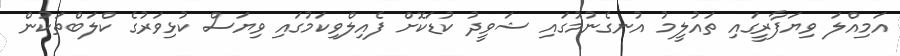
އަމިއްލަ ވިޔަފާރީގައި ތައުލީމު އުނގެނުމުގައި ޝަވީދު ކުޑަކޮށް ފެއިލްވިކަމުގައި ވިޔަސް ކުޅިވަރުގެ ކްލަބްތަކުން